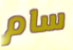
سام